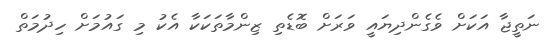
ނަތީޖާ އަކަށް ވެގެންދިޔައީ ވަރަށް ބޮޑެތި ޒިންމާތަކަކާ އެކު މި ގައުމަށް ހިދުމަތް